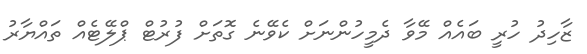
ޒާހިދު ހުރީ ބައެއް މޭވާ ދެމީހުންނަށް ކެވޭނެ ގޮތަށް ފުރުޓް ޕްލޭޓެއް ތައްޔާރު